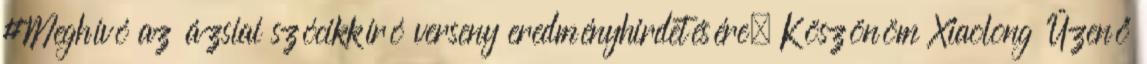
#Meghívó az ázsiai szócikkíró verseny eredményhirdetésére. Köszönöm Xiaolong Üzenő